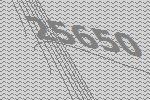
25650